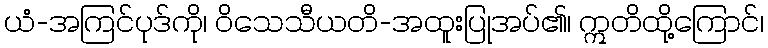
ယံ-အကြင်ပုဒ်ကို၊ ဝိသေသီယတိ-အထူးပြုအပ်၏၊ ဣတိထို့ကြောင်၊